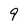
Character: 9